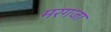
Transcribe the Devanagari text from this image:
मरगजा